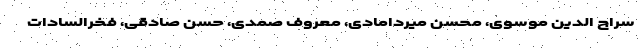
سراج الدین موسوی، محسن میردامادی، معروف صمدی، حسن صادقی، فخرالسادات